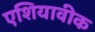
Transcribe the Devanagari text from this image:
एशियावीक